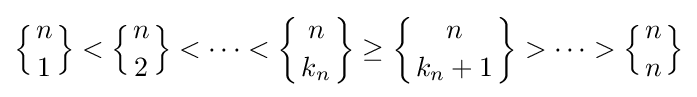
\left\{{n \atop 1}\right\}<\left\{{n \atop 2}\right\}<\cdots <\left\{{n \atop k_{n}}\right\}\geq \left\{{n \atop k_{n}+1}\right\}>\cdots >\left\{{n \atop n}\right\}